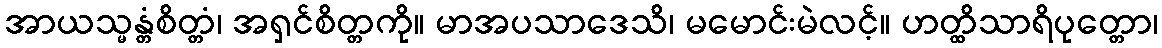
အာယသ္မန္တံစိတ္တံ၊ အရှင်စိတ္တကို။ မာအပသာဒေသိ၊ မမောင်းမဲလင့်။ ဟတ္ထိသာရိပုတ္တော၊